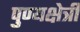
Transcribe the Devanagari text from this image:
पुण्यक्षेत्री